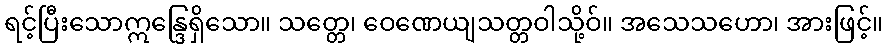
ရင့်ပြီးသောဣန္ဒြေရှိသော။ သတ္တေ၊ ဝေဏေယျသတ္တဝါသို့ဝ်။ အသေသဟော၊ အားဖြင့်။